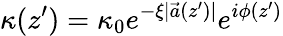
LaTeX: \kappa(z^{\prime})=\kappa_{0}e^{-\xi|\vec{a}(z^{\prime})|}e^{i\phi(z^{\prime})}